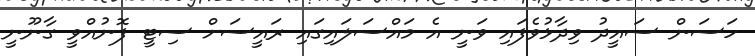
ހަސަން ސައީދު ވިދާޅުވެފައި ވަނީ އެ މައްސަލައިގައި ރައީސަށް ސިޓީ ފޮނުއްވީ ގާނޫނީ